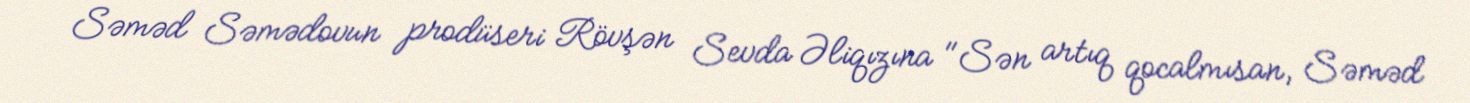
Səməd Səmədovun prodüseri Rövşən Sevda Əliqızına "Sən artıq qocalmısan, Səməd